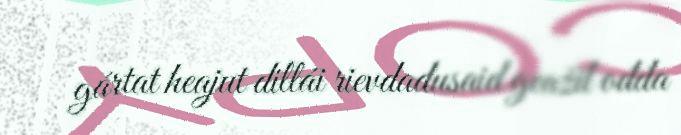
gártat heajut dillái rievdadusaid geažil ođđa